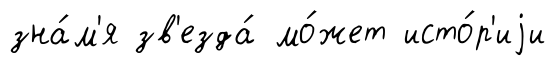
зна́м'я зв'езда́ мо́жет исто́р'иjи